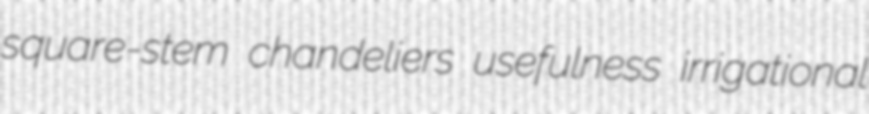
square-stem chandeliers usefulness irrigational